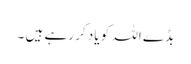
بڈے اللہ کو یاد کر رہے ہیں ۔